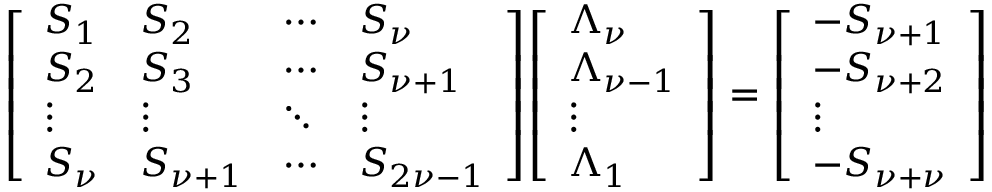
{ \left[ \begin{array} { l l l l } { S _ { 1 } } & { S _ { 2 } } & { \cdots } & { S _ { \nu } } \\ { S _ { 2 } } & { S _ { 3 } } & { \cdots } & { S _ { \nu + 1 } } \\ { \vdots } & { \vdots } & { \ddots } & { \vdots } \\ { S _ { \nu } } & { S _ { \nu + 1 } } & { \cdots } & { S _ { 2 \nu - 1 } } \end{array} \right] } { \left[ \begin{array} { l } { \Lambda _ { \nu } } \\ { \Lambda _ { \nu - 1 } } \\ { \vdots } \\ { \Lambda _ { 1 } } \end{array} \right] } = { \left[ \begin{array} { l } { - S _ { \nu + 1 } } \\ { - S _ { \nu + 2 } } \\ { \vdots } \\ { - S _ { \nu + \nu } } \end{array} \right] }